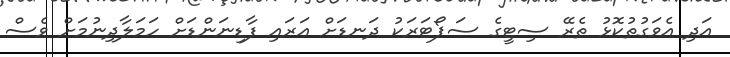
އަދި އެވަގުތުކޮޅު ތެރޭ ސިޓީގެ ސަޕޯޓަރަކު ދަނޑަށް އަރައި ފާޑިނަންޑަށް ހަމަލާދިނުމަށް ވެސް